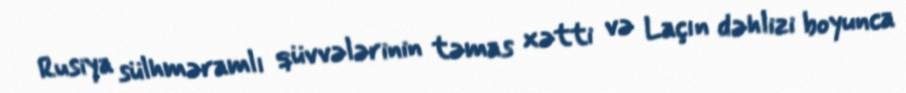
Rusiya sülhməramlı qüvvələrinin təmas xətti və Laçın dəhlizi boyunca